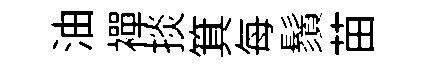
油襌掞箕每鬚苗